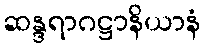
ဆန္ဒရာဂဋ္ဌာနိယာနံ